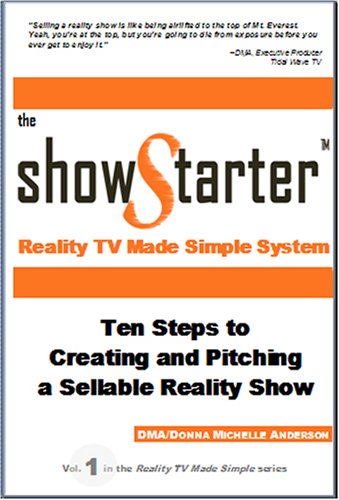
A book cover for The Show Starter Reality TV Made Simple System: Ten Steps to Creating and Pitching a Sellable Reality Show; DMA/Donna Michelle Anderson; Humor & Entertainment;